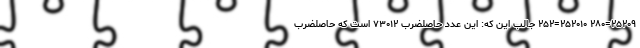
۲۵۲۰۹=۲۸۰ ۲۵۲۰۱۰=۲۵۲ جالب این که: این عدد حاصلضرب ۷۳۰۱۲ است که حاصلضرب